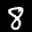
Label: 8